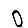
Digit: 0